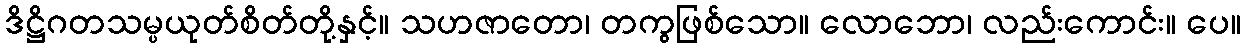
ဒိဋ္ဌိဂတသမ္ပယုတ်စိတ်တို့နှင့်။ သဟဇာတော၊ တကွဖြစ်သော။ လောဘော၊ လည်းကောင်း။ ပေ။